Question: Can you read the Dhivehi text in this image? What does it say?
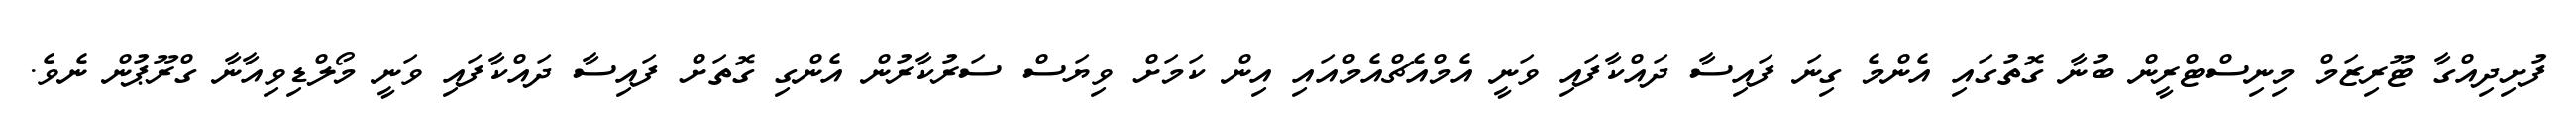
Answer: ފުށިދިއްގާ ޓޫރިޒަމް މިނިސްޓްރީން ބުނާ ގޮތުގައި އެންމެ ގިނަ ފައިސާ ދައްކާފައި ވަނީ އެމްއެޗްއެމްއައި އިން ކަމަށް ވިޔަސް ސަރުކާރުން އެންގި ގޮތަށް ފައިސާ ދައްކާފައި ވަނީ މޯލްޑިވިއާނާ ގްރޫޕުން ނެވެ.